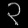
Digit: ၃